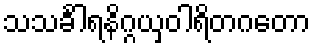
သသင်္ခါရနိဂ္ဂယှဝါရိတဂတော